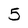
Character: 5